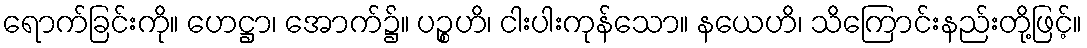
ရောက်ခြင်းကို။ ဟေဋ္ဌာ၊ အောက်၌။ ပဉ္စဟိ၊ ငါးပါးကုန်သော။ နယေဟိ၊ သိကြောင်းနည်းတို့ဖြင့်။